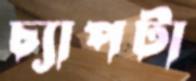
চ্যাপটা